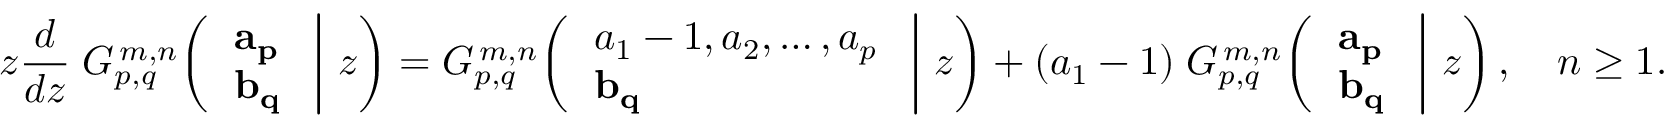
z { \frac { d } { d z } } \; G _ { p , q } ^ { \, m , n } \! \left( \left. { \begin{array} { l } { \mathbf { a _ { p } } } \\ { \mathbf { b _ { q } } } \end{array} } \; \right| \, z \right) = G _ { p , q } ^ { \, m , n } \! \left( \left. { \begin{array} { l } { a _ { 1 } - 1 , a _ { 2 } , \dots , a _ { p } } \\ { \mathbf { b _ { q } } } \end{array} } \; \right| \, z \right) + ( a _ { 1 } - 1 ) \; G _ { p , q } ^ { \, m , n } \! \left( \left. { \begin{array} { l } { \mathbf { a _ { p } } } \\ { \mathbf { b _ { q } } } \end{array} } \; \right| \, z \right) , \quad n \geq 1 .